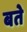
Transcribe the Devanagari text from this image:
बते